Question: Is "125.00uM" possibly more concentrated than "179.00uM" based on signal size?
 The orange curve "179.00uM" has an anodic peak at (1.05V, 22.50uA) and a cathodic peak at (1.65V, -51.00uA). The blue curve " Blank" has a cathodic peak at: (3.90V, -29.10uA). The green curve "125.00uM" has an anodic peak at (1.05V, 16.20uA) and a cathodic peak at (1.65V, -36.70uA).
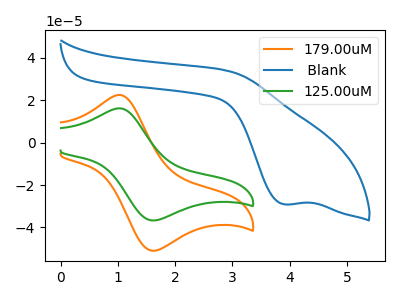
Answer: <think>All the peaks in "125.00uM" have a peak in "179.00uM" at the same potential. Every peak in "125.00uM" is lower than every peak in "179.00uM".
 </think>
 <answer>"125.00uM" has less signal than "179.00uM".</answer>
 <eval>less_signal</eval>